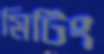
মিটিং